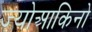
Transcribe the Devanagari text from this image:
ज्योआकिनो